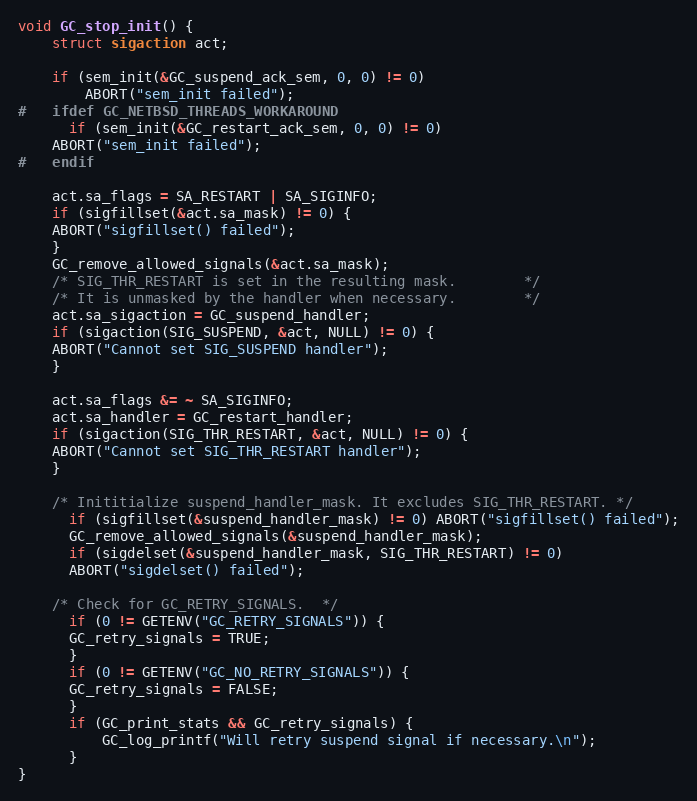
Language: C
void GC_stop_init() {
    struct sigaction act;

    if (sem_init(&GC_suspend_ack_sem, 0, 0) != 0)
        ABORT("sem_init failed");
#   ifdef GC_NETBSD_THREADS_WORKAROUND
      if (sem_init(&GC_restart_ack_sem, 0, 0) != 0)
	ABORT("sem_init failed");
#   endif

    act.sa_flags = SA_RESTART | SA_SIGINFO;
    if (sigfillset(&act.sa_mask) != 0) {
	ABORT("sigfillset() failed");
    }
    GC_remove_allowed_signals(&act.sa_mask);
    /* SIG_THR_RESTART is set in the resulting mask.		*/
    /* It is unmasked by the handler when necessary. 		*/
    act.sa_sigaction = GC_suspend_handler;
    if (sigaction(SIG_SUSPEND, &act, NULL) != 0) {
	ABORT("Cannot set SIG_SUSPEND handler");
    }

    act.sa_flags &= ~ SA_SIGINFO;
    act.sa_handler = GC_restart_handler;
    if (sigaction(SIG_THR_RESTART, &act, NULL) != 0) {
	ABORT("Cannot set SIG_THR_RESTART handler");
    }

    /* Inititialize suspend_handler_mask. It excludes SIG_THR_RESTART. */
      if (sigfillset(&suspend_handler_mask) != 0) ABORT("sigfillset() failed");
      GC_remove_allowed_signals(&suspend_handler_mask);
      if (sigdelset(&suspend_handler_mask, SIG_THR_RESTART) != 0)
	  ABORT("sigdelset() failed");

    /* Check for GC_RETRY_SIGNALS.	*/
      if (0 != GETENV("GC_RETRY_SIGNALS")) {
	  GC_retry_signals = TRUE;
      }
      if (0 != GETENV("GC_NO_RETRY_SIGNALS")) {
	  GC_retry_signals = FALSE;
      }
      if (GC_print_stats && GC_retry_signals) {
          GC_log_printf("Will retry suspend signal if necessary.\n");
      }
}